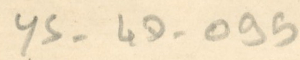
YS-4D-095